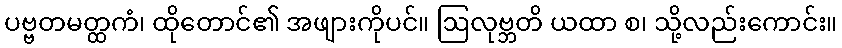
ပဗ္ဗတမတ္ထကံ၊ ထိုတောင်၏ အဖျားကိုပင်။ ဩလုဗ္ဘတိ ယထာ စ၊ သို့လည်းကောင်း။